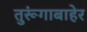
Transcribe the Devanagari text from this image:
तुरूंगाबाहेर